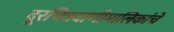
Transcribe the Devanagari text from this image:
दूरचित्रवाणीमालिकांचे